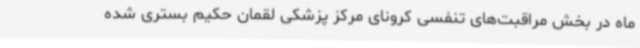
ماه در بخش مراقبت‌های تنفسی کرونای مرکز پزشکی لقمان حکیم بستری شده